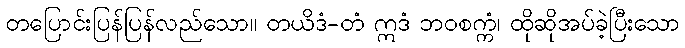
တပြောင်းပြန်ပြန်လည်သော။ တယိဒံ-တံ ဣဒံ ဘဝစက္ကံ၊ ထိုဆိုအပ်ခဲ့ပြီးသော